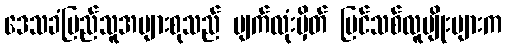
ဒေသခံပြည်သူအများစုသည် မျက်လုံးမှိတ် ပြင်သစ်လူမျိုးများက